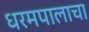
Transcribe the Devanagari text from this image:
धरमपालाचा